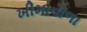
ખીમાવાળા